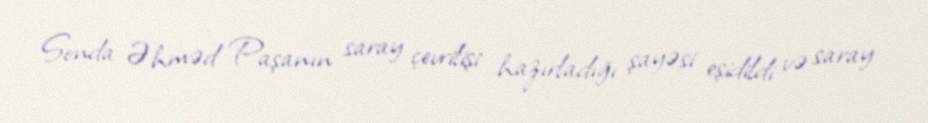
Sonda Əhməd Paşanın saray çevrilişi hazırladığı şayəsi eşidildi və saray